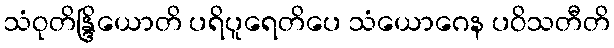
သံဝုတိန္ဒြိယောတိ ပရိပူရေတိပေ သံယောဂေန ပဝိသတီတိ